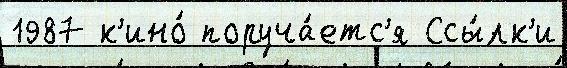
1987 к'ино́ поруча́етс'я Ссы́лк'и